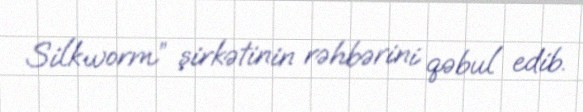
Silkworm” şirkətinin rəhbərini qəbul edib.